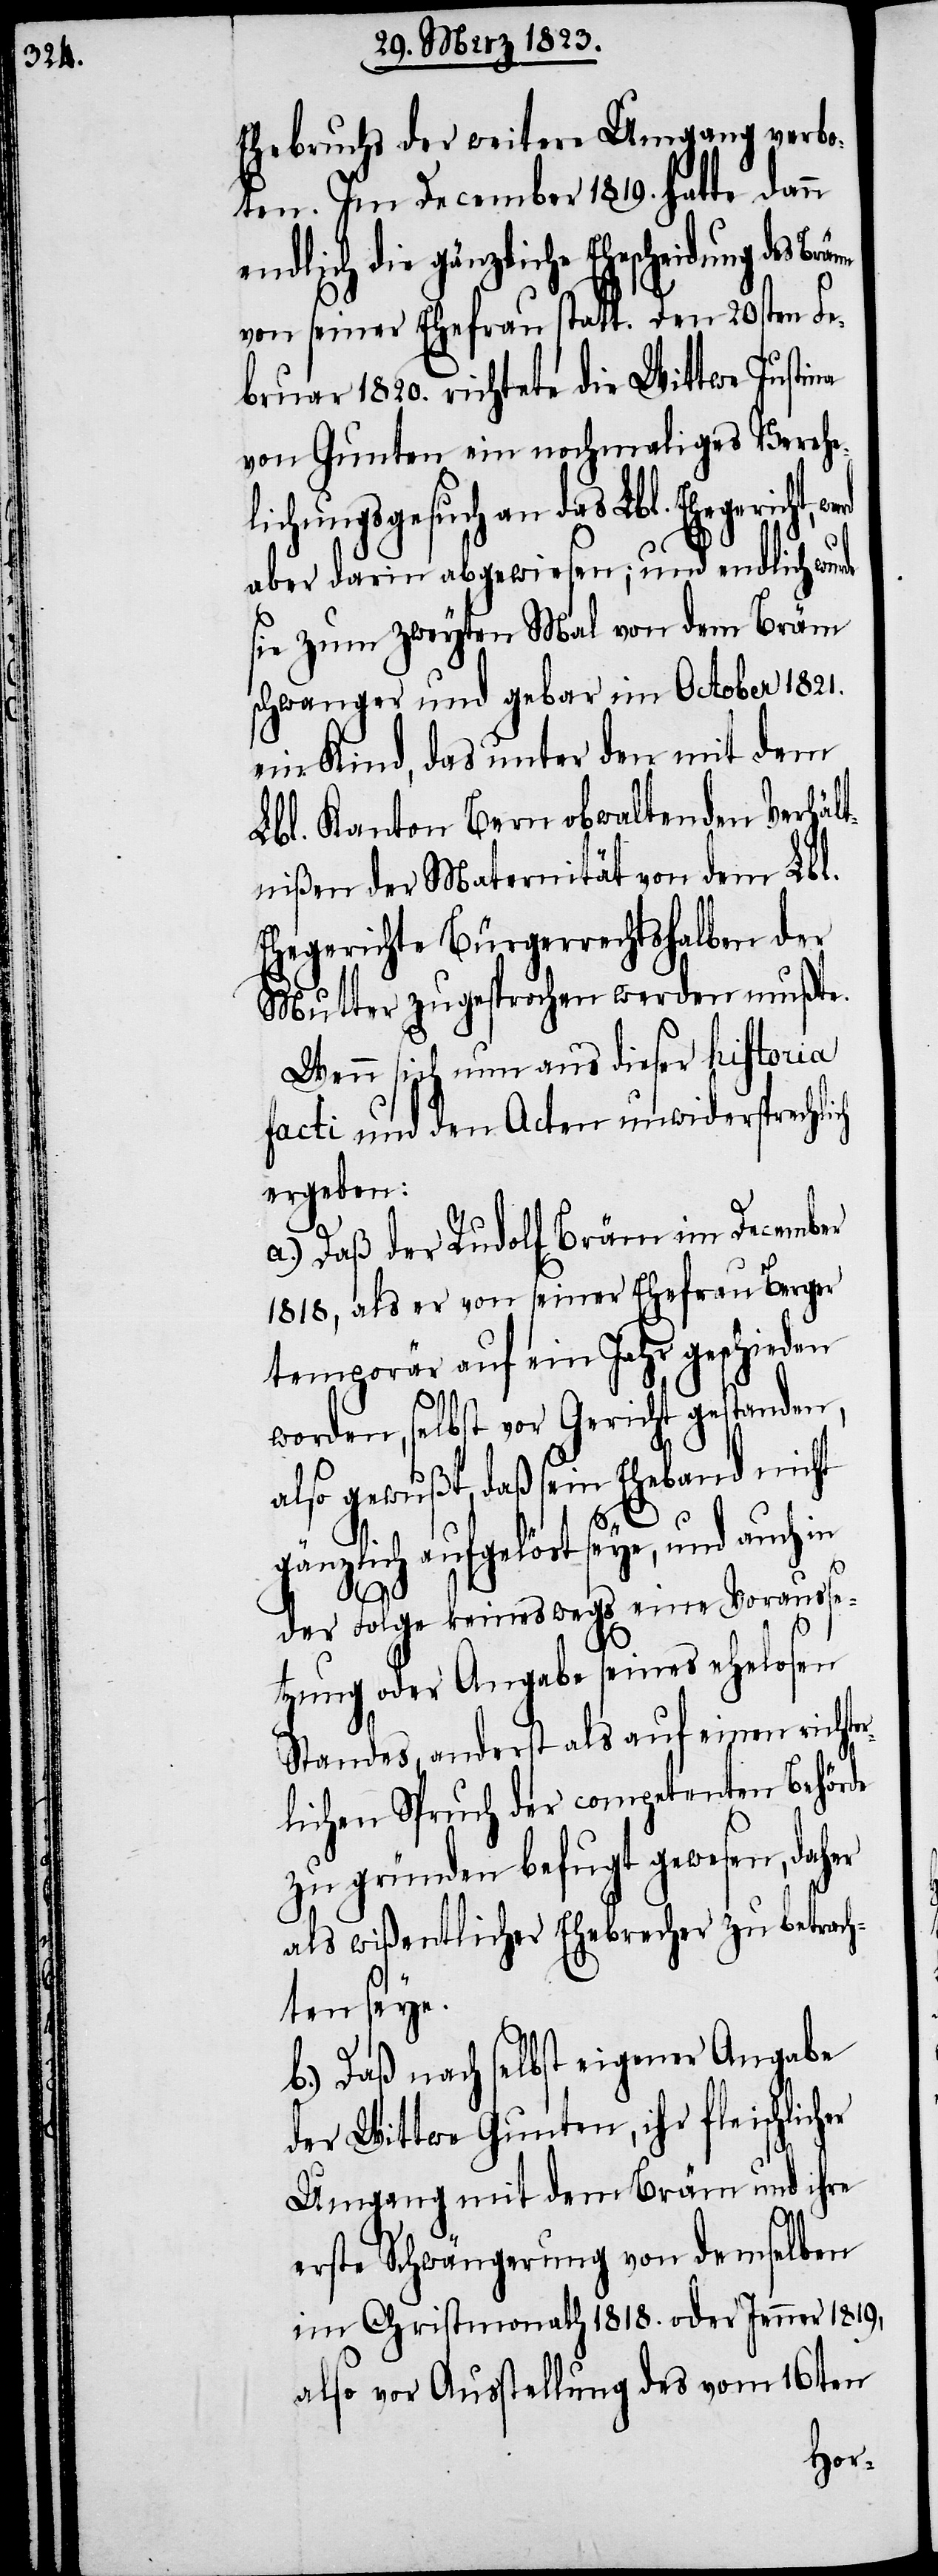
Ehebruchs der weitere Umgang verbo¬
ten. Im December 1819. hatte dann
endlich die gänzliche Ehescheidung
von seiner Ehefrau statt. Den 20sten Fe¬
bruar 1820. richtete die Wittwe Justina
von Gunten ein nochmaliges Verehe¬
lichungsgesuch an das Lbl. Ehegericht,
aber darin abgewiesen; und endlich wur¬
sie zum zweyten Mal von dem Bräm
schwanger und gebar im October 1821.
ein Kind, das unter den mit dem
Lbl. Kanton Bern obwaltenden Verhält¬
nißen der Maternität von dem Lbl.
Ehegerichte Bürgerrechtshalben der
Mutter zugesprochen werden mußte.
Wenn sich nun aus dieser historia
facti und den Acten unwidersprechlich
ergeben:
a.) Daß der Rudolf Bräm im December
1818, als er von seiner Ehefrau Berger
temporär auf ein Jahr geschieden
worden, selbst vor Gericht gestanden,
also gewußt, daß sein Eheband nicht
gänzlich aufgelöst seye, und auch in
er
der Folge keineswegs eine Vorausse¬
tzung oder Angabe seines ehelosen
Standes, anderst als auf einen richte¬
rlichen Spruch der competenten Behörde
zu gründen befugt gewesen, dah¬
als wißentlicher Ehebrecher zu betrach¬
ten seye.
b.) Daß nach selbst eigener Angabe
der Wittwe Gunten, ihr fleischlich¬
Umgang mit dem Bräm und ihre
erste Schwängerung von demselben
im Christmonath 1818. oder Jenner 1819,
also vor Ausstellung des vom 16ten